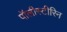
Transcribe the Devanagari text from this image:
पॉलीस्टीरिन